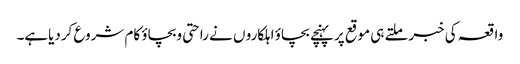
واقعہ کی خبرملتے ہی موقع پرپہنچے بچاؤ اہلکارو ں نے راحتی وبچاؤ کام شروع کردیاہے۔